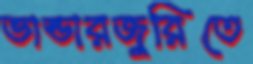
ভান্ডারজুরিতে